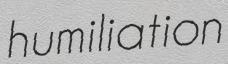
humiliation